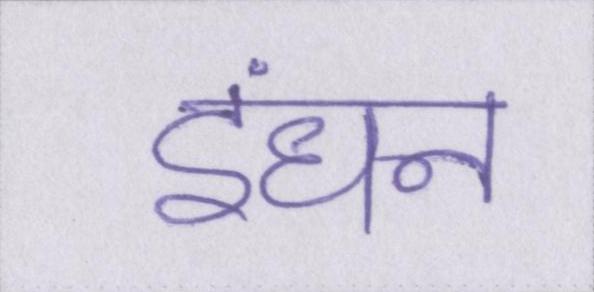
इंधन